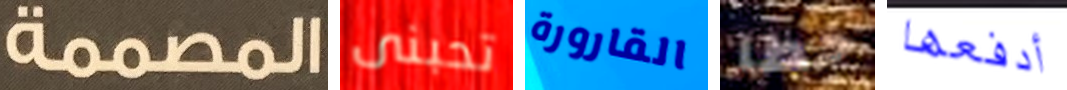
المصممة تحبنى القارورة خطا أدفعها